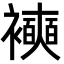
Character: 襫